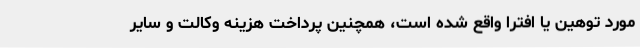
مورد توهین یا افترا واقع شده است، همچنین پرداخت هزینه وکالت و سایر